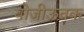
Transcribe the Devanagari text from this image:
योजीऊतक